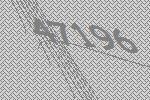
47196